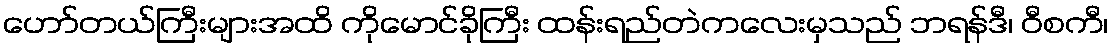
ဟော်တယ်ကြီးများအထိ ကိုမောင်ခိုကြီး ထန်းရည်တဲကလေးမှသည် ဘရန်ဒီ၊ ဝီစကီ၊